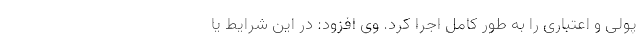
پولی و اعتباری را به طور کامل اجرا کرد. وی افزود: در این شرایط یا